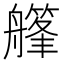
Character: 𦪪